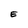
Character: E